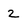
Character: 2